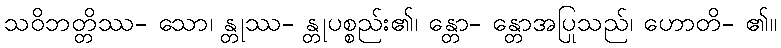
သဝိဘတ္တိဿ- သော၊ န္တုဿ- န္တုပစ္စည်း၏၊ န္တော- န္တောအပြုသည်၊ ဟောတိ- ၏။